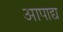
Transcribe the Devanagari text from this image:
आपाद्य